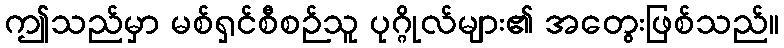
ဤသည်မှာ မစ်ရှင်စီစဉ်သူ ပုဂ္ဂိုလ်များ၏ အတွေးဖြစ်သည်။